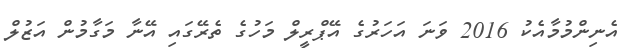
އެނިންމުމާއެކު 2016 ވަނަ އަހަރުގެ އޭޕްރީލް މަހުގެ ތެރޭގައި އޭނާ މަގާމުން އަޒުލް